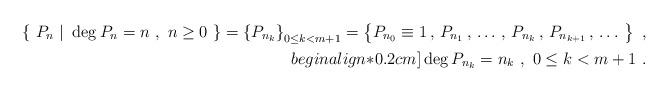
LaTeX: \begin{align*} \left\{ \ P_n \ | \ \deg P_{n} = n \ , \ n \geq 0 \ \right\} = \left\{P_{n_{k}}\right\}_{0\leq k < m+1} = \left\{P_{n_{0}}\equiv 1 \, , \, P_{n_{1}} \, , \, \ldots \, , \, P_{n_{k}} \, , \, P_{n_{k+1}} \, , \, \ldots \ \right\} \ , \\begin{align*}0.2cm] \deg P_{n_{k}} = n_{k} \ , \ 0 \leq k < m+1\ .\end{align*}